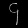
Digit: ၄